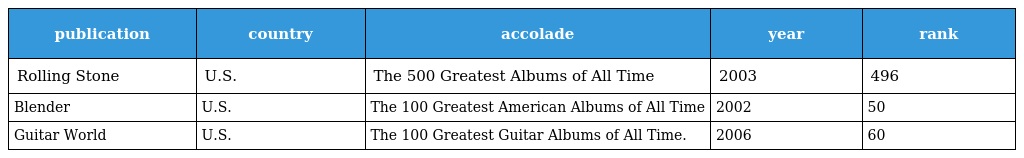
| publication | country | accolade | year | rank |
 | --- | --- | --- | --- | --- |
 | Rolling Stone | U.S. | The 500 Greatest Albums of All Time | 2003 | 496 |
 | Blender | U.S. | The 100 Greatest American Albums of All Time | 2002 | 50 |
 | Guitar World | U.S. | The 100 Greatest Guitar Albums of All Time. | 2006 | 60 |